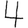
Digit: 4